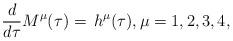
LaTeX: \begin{align*} \frac{d}{d\tau} M^\mu(\tau)=\,{h}^\mu(\tau),\mu=1,2,3,4, \end{align*}